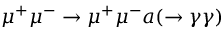
\mu ^ { + } \mu ^ { - } \to \mu ^ { + } \mu ^ { - } a ( \to \gamma \gamma )